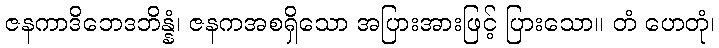
ဇနကာဒိဘေဒဘိန္နံ၊ ဇနကအစရှိသော အပြားအားဖြင့် ပြားသော။ တံ ဟေတုံ၊